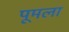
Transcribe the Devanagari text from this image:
पूमला